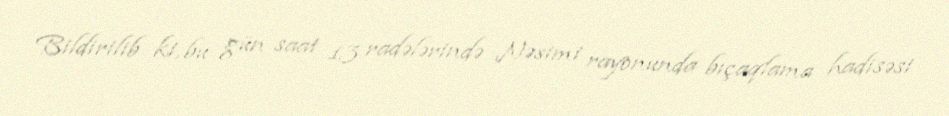
Bildirilib ki, bu gün saat 13 radələrində Nəsimi rayonunda bıçaqlama hadisəsi